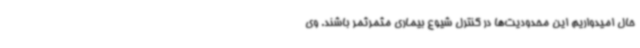
حال امیدواریم این محدودیت‌ها در کنترل شیوع بیماری مثمرثمر باشند. وی